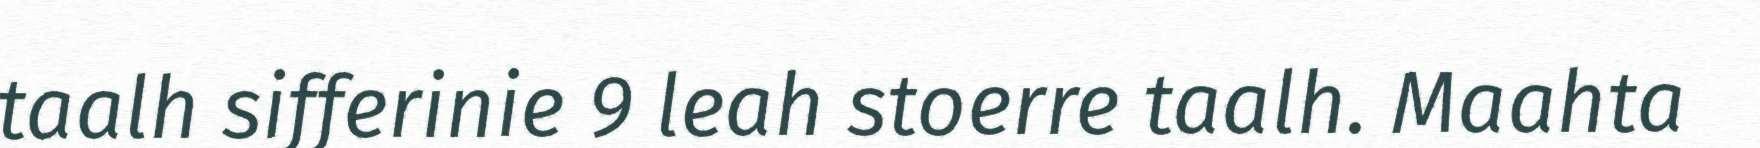
taalh sifferinie 9 leah stoerre taalh. Maahta